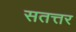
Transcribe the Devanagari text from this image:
सतत्तर